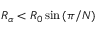
R _ { \alpha } < R _ { 0 } \sin { ( \pi / N ) }